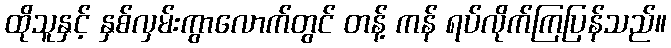
ထိုသူနှင့် နှစ်လှမ်းကွာလောက်တွင် တန့် ကန် ရပ်လိုက်ကြပြန်သည်။